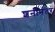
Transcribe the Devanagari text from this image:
शनीनंतर